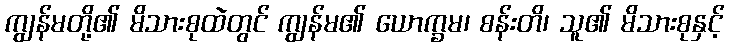
ကျွန်မတို့၏ မိသားစုထဲတွင် ကျွန်မ၏ ယောက္ခမ၊ စန်းတိ၊ သူ၏ မိသားစုနှင့်